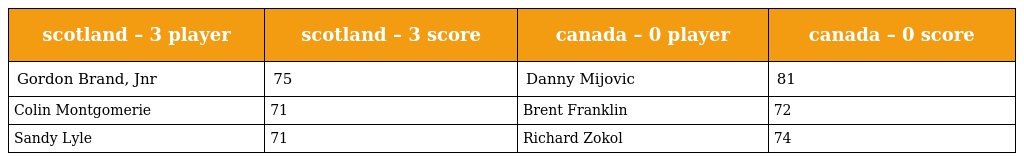
| scotland – 3 player | scotland – 3 score | canada – 0 player | canada – 0 score |
 | --- | --- | --- | --- |
 | Gordon Brand, Jnr | 75 | Danny Mijovic | 81 |
 | Colin Montgomerie | 71 | Brent Franklin | 72 |
 | Sandy Lyle | 71 | Richard Zokol | 74 |